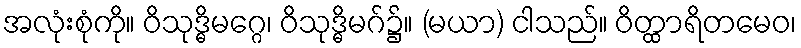
အလုံးစုံကို။ ဝိသုဒ္ဓိမဂ္ဂေ၊ ဝိသုဒ္ဓိမဂ်၌။ (မယာ) ငါသည်။ ဝိတ္ထာရိတမေဝ၊